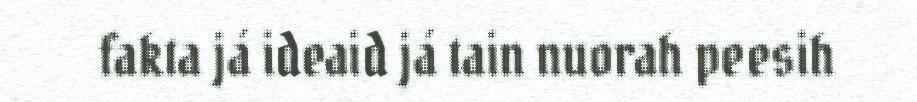
fakta já ideaid já tain nuorah peesih